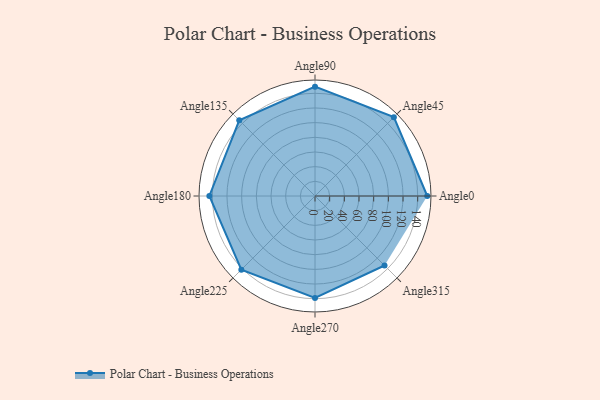
{"axis": {"x": "Angle", "y": "Radius"}, "legend": [""], "data": [{"x": "Angle0", "y": 153.0, "type": ""}, {"x": "Angle45", "y": 152.0, "type": ""}, {"x": "Angle90", "y": 149.0, "type": ""}, {"x": "Angle135", "y": 146.0, "type": ""}, {"x": "Angle180", "y": 144.0, "type": ""}, {"x": "Angle225", "y": 142.0, "type": ""}, {"x": "Angle270", "y": 139.0, "type": ""}, {"x": "Angle315", "y": 134.0, "type": ""}]}